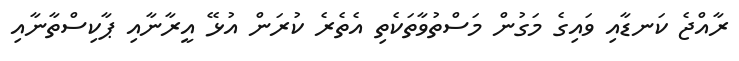
ރާއްޖެ ކަނޑާއި ވައިގެ މަގުން މަސްތުވާތަކެތި އެތެރެ ކުރަން އުޅޭ އީރާނާއި ޕާކިސްތާނާއި